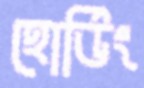
হোর্ডিং